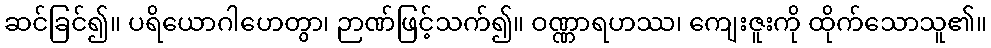
ဆင်ခြင်၍။ ပရိယောဂါဟေတွာ၊ ဉာဏ်ဖြင့်သက်၍။ ဝဏ္ဏာရဟဿ၊ ကျေးဇူးကို ထိုက်သောသူ၏။